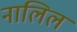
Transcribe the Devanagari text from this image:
नालिल